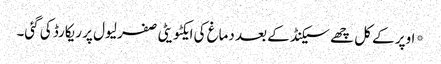
*اوپر کے کل چھے سیکنڈ کے بعد دماغ کی ایکٹویٹی صفر لیول پر ریکارڈ کی گئی۔